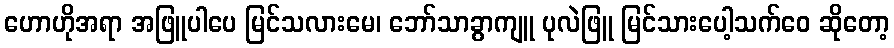
ဟောဟိုအရာ အဖြူပါပေ မြင်သလားမေ၊ ဘော်သာခွာကျူ ပုလဲဖြူ မြင်သားပေါ့သက်ဝေ ဆိုတော့